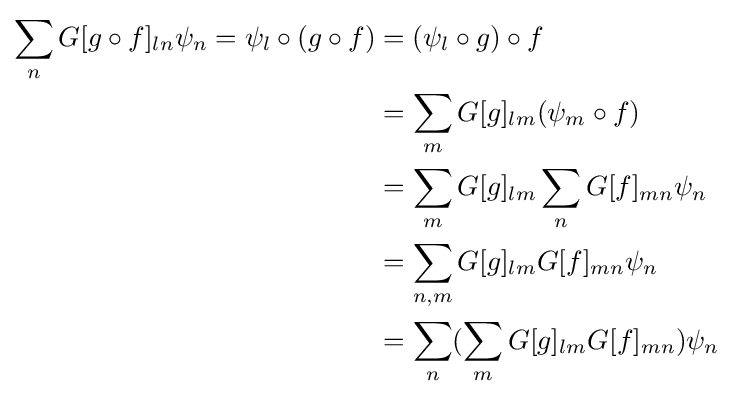
{\begin{aligned}\sum _{n}G[g\circ f]_{ln}\psi _{n}=\psi _{l}\circ (g\circ f)&=(\psi _{l}\circ g)\circ f\\&=\sum _{m}G[g]_{lm}(\psi _{m}\circ f)\\&=\sum _{m}G[g]_{lm}\sum _{n}G[f]_{mn}\psi _{n}\\&=\sum _{n,m}G[g]_{lm}G[f]_{mn}\psi _{n}\\&=\sum _{n}(\sum _{m}G[g]_{lm}G[f]_{mn})\psi _{n}\end{aligned}}